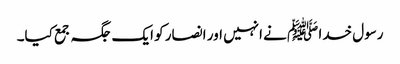
رسول خدا ﷺ نے انہیں اور انصار کو ایک جگہ جمع کیا۔